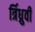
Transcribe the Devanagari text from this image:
र्त्रिध्रुवी